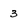
Character: 3